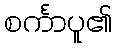
စင်္ကာပူ၏